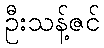
ဦးသန့်ဇင်